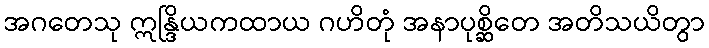
အဂတေသု ဣန္ဒြိယကထာယ ဂဟိတုံ အနာပုစ္ဆိတေ အတိသယိတွာ